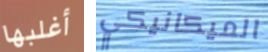
أغلبها الميكانيكي